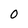
Character: 0